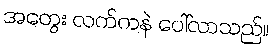
အတွေး လက်ကနဲ ပေါ်လာသည်။